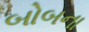
બોબના